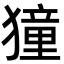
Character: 獞